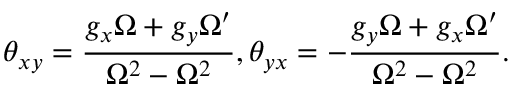
\theta _ { x y } = \frac { g _ { x } \Omega + g _ { y } \Omega ^ { \prime } } { \Omega ^ { 2 } - \Omega ^ { 2 } } , \theta _ { y x } = - \frac { g _ { y } \Omega + g _ { x } \Omega ^ { \prime } } { \Omega ^ { 2 } - \Omega ^ { 2 } } .